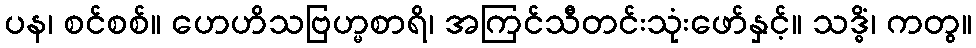
ပန၊ စင်စစ်။ ဟေဟိသဗြဟ္မစာရိ၊ အကြင်သီတင်းသုံးဖော်နှင့်။ သဒ္ဓိံ၊ ကတွ။